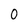
Character: 0